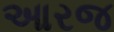
આરજ